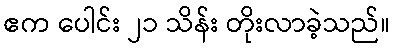
ဧက ပေါင်း ၂၁ သိန်း တိုးလာခဲ့သည်။